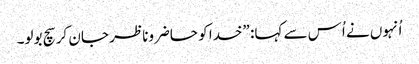
‏ اُنہوں نے اُس سے کہا:‏ ”‏خدا کو حاضروناظر جان کر سچ بولو۔